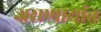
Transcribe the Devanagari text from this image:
असणार्यात